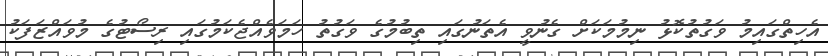
އެހިތްގައިމު ވަގުތުކޮޅު ނިމުމަކަށް ގެނުވީ އެތަނުގައި ތިބުމުގެ ވަގުތު ހަމަވެއްޖެކަމުގައި ރިސޯޓުގެ މުވައްޒަފަކު